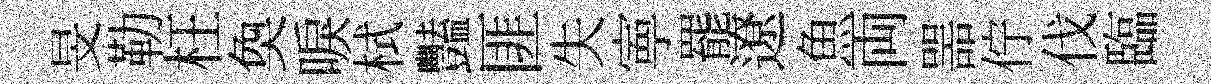
旻勒枉奐唳栻豔匪失寕罷遼魚両噐佇伐臨